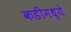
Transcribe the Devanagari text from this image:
कडीमध्ये